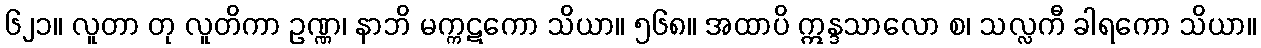
၆၂၁။ လူတာ တု လူတိကာ ဥဏ္ဏ၊ နာဘိ မက္ကဋကော သိယာ။ ၅၆၈။ အထာပိ ဣန္ဒသာလော စ၊ သလ္လကီ ခါရကော သိယာ။